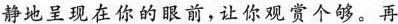
静地呈现在你的眼前，让你观赏个够。再